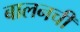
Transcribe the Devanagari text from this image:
बालनची